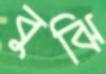
বুঝি